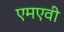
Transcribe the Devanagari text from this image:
एमएवी